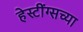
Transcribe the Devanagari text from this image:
हेस्टींग्सच्या